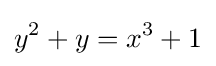
y^{2}+y=x^{3}+1